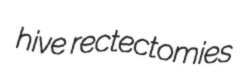
hive rectectomies